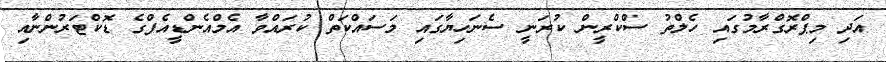
އަދި މިޕްރޮގްރާމުގައި ހެލްތު ސްކްރީން ކުރަނީ ސެނަހިޔާގައި މަސައްކަތް ކުރައްވާ އެމްއެންޑީއެފްގެ ޑޮކްޓަރުންނާއި